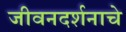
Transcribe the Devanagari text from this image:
जीवनदर्शनाचे